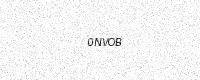
Text: 0NVOB